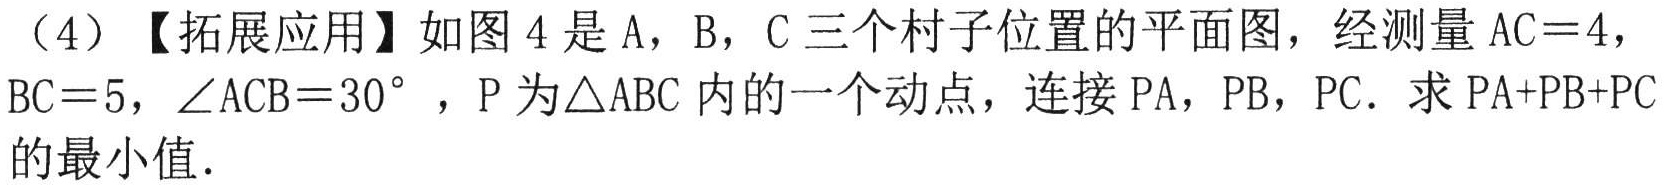
（4）【拓展应用】如图 4 是 A，B，C 三个村子位置的平面图，经测量 \(AC = 4\)，\(BC = 5\)，\(\angle ACB = 30^{\circ}\)，P 为\(\triangle ABC\)内的一个动点，连接 \(PA\)，\(PB\)，\(PC\)．求 \(PA + PB + PC\)的最小值．